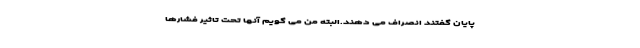
پایان گفتند انصراف می دهند.البته من می گویم آنها تحت تاثیر فشارها